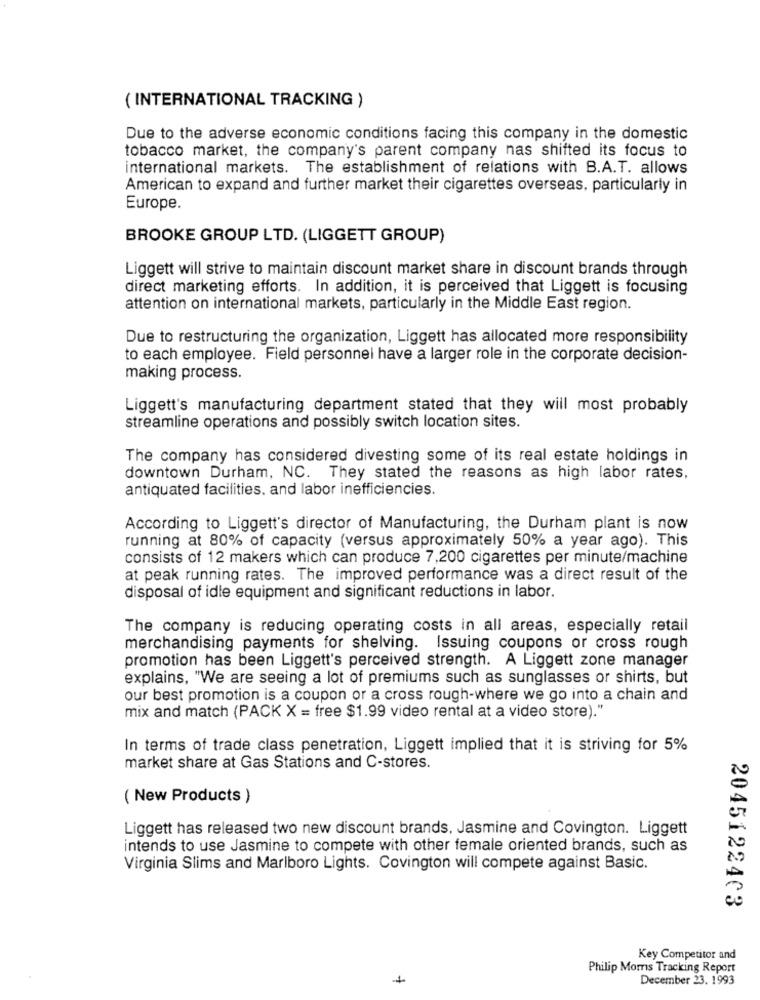
( INTERNATIONAL TRACKING )
Due to the adverse economic conditions facing this company in the domestic
tobacco market, the company's parent company nas shifted its focus to
international markets. The establishment of relations with B.A.T. allows
American to expand and further market their cigarettes overseas, particularly in
Europe.
BROOKE GROUP LTD. (LIGGETT GROUP)
Liggett will strive to maintain discount market share in discount brands through
direct marketing efforts. In addition, it is perceived that Liggett is focusing
attention on international markets, particularly in the Middle East region.
Due to restructuring the organization, Liggett has allocated more responsibility
to each employee. Field personnel have a larger role in the corporate decision-
making process.
Liggett's manufacturing department stated that they will most probably
streamline operations and possibly switch location sites.
The company has considered divesting some of its real estate holdings in
downtown Durham, NC. They stated the reasons as high labor rates,
antiquated facilities. and labor inefficiencies.
According to Liggett's director of Manufacturing, the Durham plant is now
running at 80% of capacity (versus approximately 50% a year ago). This
consists of 12 makers which can produce 7,200 cigarettes per minute/machine
at peak running rates. The improved performance was a direct result of the
disposal of idle equipment and significant reductions in labor.
The company is reducing operating costs in all areas, especially retail
merchandising payments for shelving. Issuing coupons or cross rough
promotion has been Liggett's perceived strength. A Liggett zone manager
explains, "We are seeing a lot of premiums such as sunglasses or shirts, but
our best promotion is a coupon or a cross rough-where we go into a chain and
mix and match (PACK X = free $1.99 video rental at a video store)."
In terms of trade class penetration, Liggett implied that it is striving for 5%
market share at Gas Stations and C-stores.
( New Products )
Liggett has released two new discount brands, Jasmine and Covington. Liggett
intends to use Jasmine to compete with other female oriented brands, such as
Virginia Slims and Marlboro Lights. Covington will compete against Basic.
2045122403
Key Competitor and
Philip Moms Tracking Report
December 23. 1993